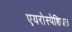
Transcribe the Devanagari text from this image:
एयरोस्पेशियल